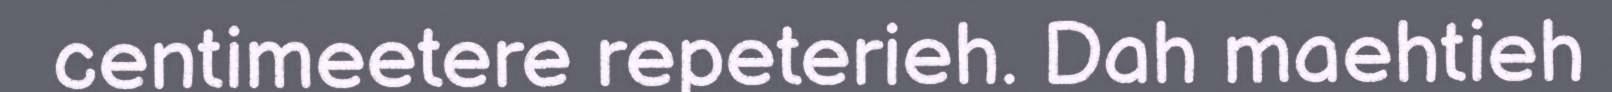
centimeetere repeterieh. Dah maehtieh